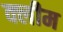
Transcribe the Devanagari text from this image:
क्लीम